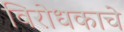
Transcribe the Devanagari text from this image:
विरोधकाचे